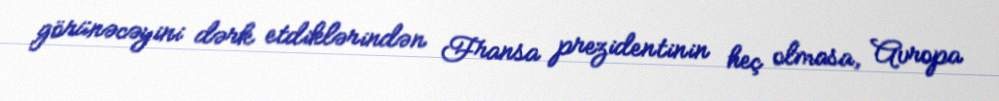
görünəcəyini dərk etdiklərindən Fransa prezidentinin heç olmasa, Avropa